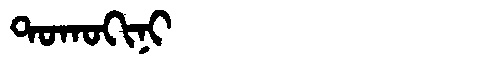
Manchu: ᡨᠣᡴᠣᡴᡳᠨᡳ
Romanization: TOKOKINI